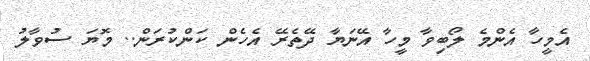
އެމީހާ އެންމެ ލޯބިވާ މީހާ އޭނަޔާ ދޭތެރޭ އެހެން ކަންކުރަން.. މޮޔަ ސުވާލު